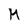
Character: M